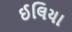
ઈલિયા